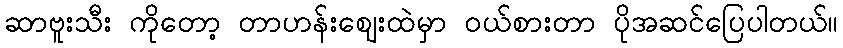
ဆာဗူးသီး ကိုတော့ တာဟန်းဈေးထဲမှာ ဝယ်စားတာ ပိုအဆင်ပြေပါတယ်။